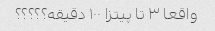
واقعا ۳ تا پیتزا ۱۰۰ دقیقه؟؟؟؟؟